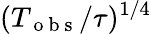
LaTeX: (T_{\mathrm{~o~b~s~}}/\tau)^{1/4}